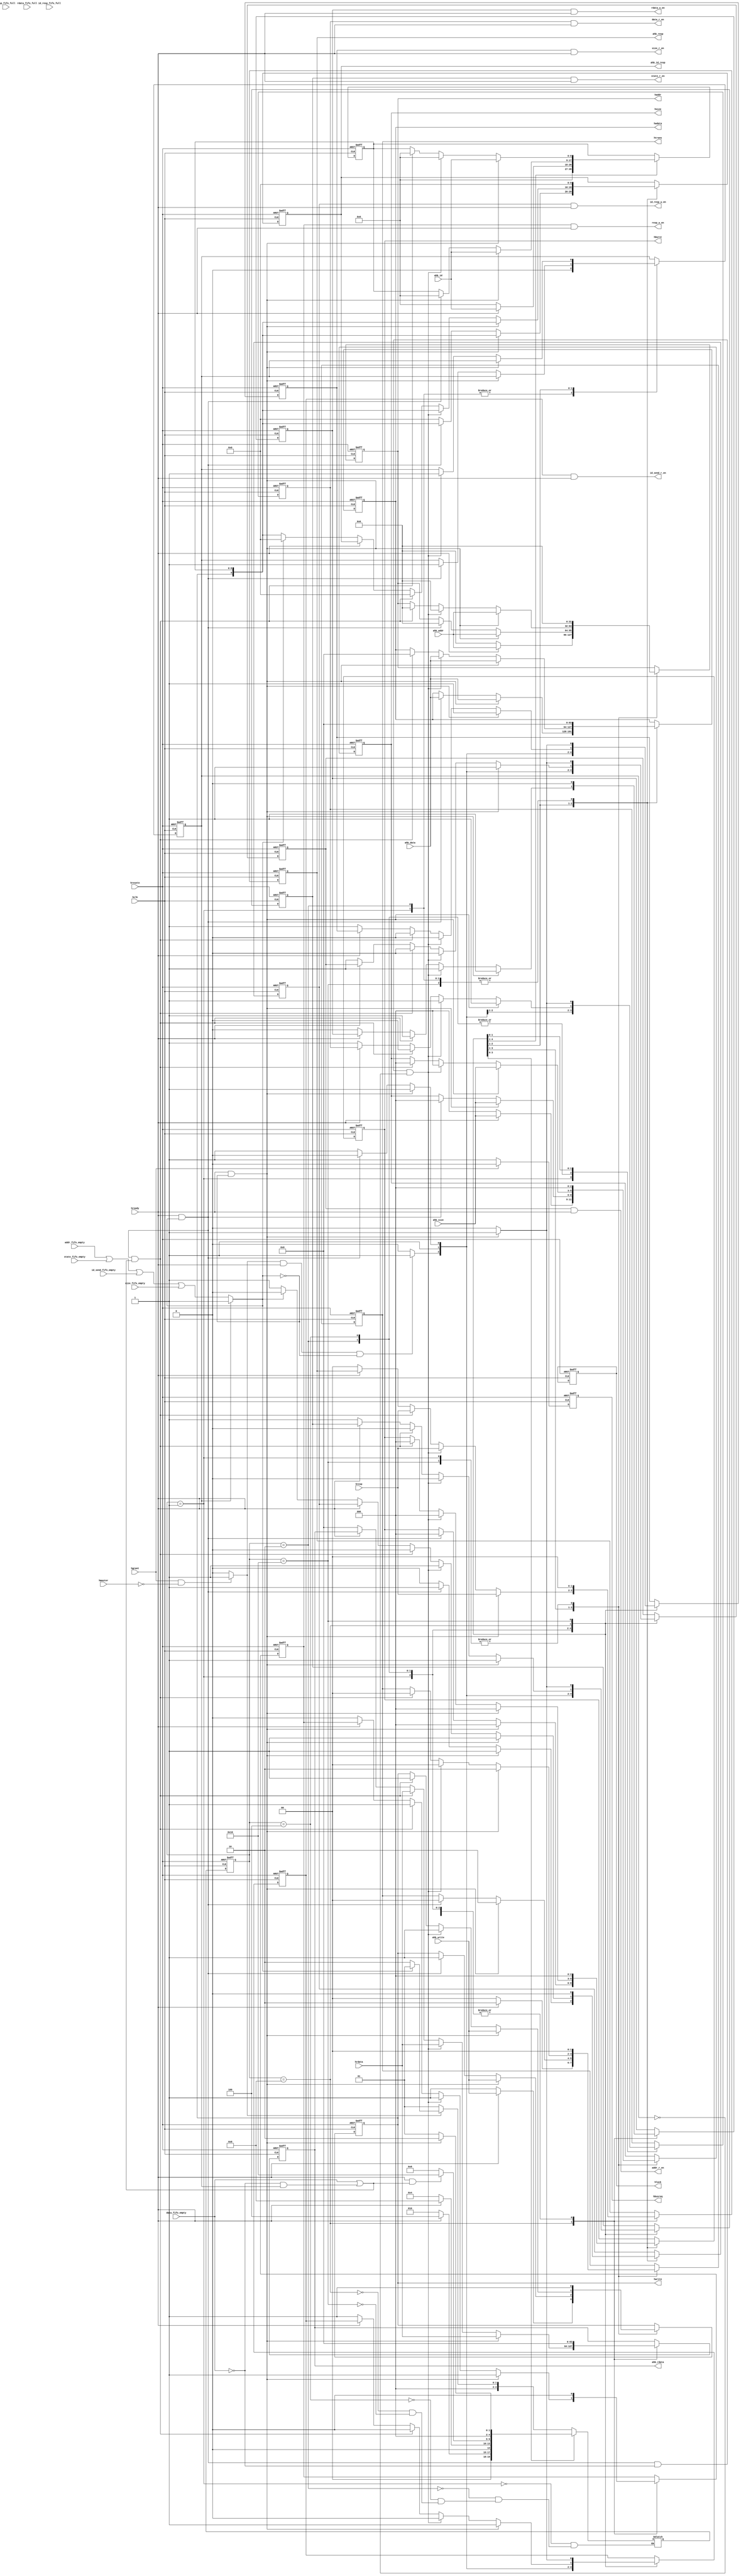
module ahb_controller(
	input					hclk,
	input					hresetn,
	//ahb output
	output reg	[31:0]		haddr,
	output reg	[1:0]		htrans,
	output reg				hwrite,
	output reg	[2:0]		hsize,
	output reg	[2:0]		hburst,
	output reg 	[63:0]		hwdata,
	output reg 				hbusreq,
	output reg				hlock,
	//ahb input
	input		[63:0]		hrdata,
	input					hready,
	input		[1:0]		hresp,
	input					hgrant,
	input		[3:0]		hmaster,
	//addr_fifo in
	output 					addr_r_en,
	input		[31:0]		ahb_addr,
	input					addr_fifo_empty,
	//data_fifo in
	output 					data_r_en,
	input		[63:0]		ahb_data,
	input					data_fifo_empty,
	// write or read state fifo (1 write   0 read) in
	output 					state_r_en,
	input					ahb_write,
	input					state_fifo_empty,
	//id_send_fifo in
	output 					id_send_r_en,
	input		[8:0]		ahb_id,
	input					id_send_fifo_empty,
	//size_fifo in
	output 					size_r_en,
	input		[2:0]		ahb_size,
	input					size_fifo_empty,
	//rdata_fifo out
	output 					rdata_w_en,
	output reg	[63:0]		ahb_rdata,
	input					rdata_fifo_full,
	//resp_fifo out
	output 					resp_w_en,
	output reg	[1:0]		ahb_resp,
	input					resp_fifo_full,
	//id_resp out
	output 					id_resp_w_en,
	output reg	[9:0]		ahb_id_resp,
	input					id_resp_fifo_full
);

	parameter  
				IDLE 		= 5'b00001,
				START		= 5'b00010,
				ADDR_PHASE	= 5'b00100,	
				DATA_PHASE	= 5'b01000,	
				END_PHASE	= 5'b10000;

	reg						read_lock;

	wire					ahb_access;
	assign ahb_access = (hgrant == 1'b1 && hmaster == 4'b0)?1'b1:1'b0;

	wire					fifo_r_control_access,fifo_r_data_access,fifo_w_access;
	assign fifo_r_control_access = (read_lock == 1'b1)?1'b1:(addr_fifo_empty|state_fifo_empty|id_send_fifo_empty|size_fifo_empty);
	assign fifo_r_data_access = data_fifo_empty;
	assign fifo_w_access = rdata_fifo_full|resp_fifo_full|id_resp_fifo_full;

	reg			[4:0]		cstate,nstate;
	reg			[8:0]		id_reg;

	//addr_fifo in
	reg						addr_r_en_reg;
	assign addr_r_en = addr_r_en_reg&hready;
	//data_fifo in
	reg						data_r_en_reg;
	assign data_r_en = data_r_en_reg&hready;
	// write or read state fifo (1 write   0 read) in
	reg						state_r_en_reg;
	assign state_r_en = state_r_en_reg&hready;
	//id_send_fifo in
	reg						id_send_r_en_reg;
	assign id_send_r_en = id_send_r_en_reg&hready;
	//size_fifo in
	reg						size_r_en_reg;
	assign size_r_en = size_r_en_reg&hready;
	//rdata_fifo out
	reg						rdata_w_en_reg;
	assign rdata_w_en = rdata_w_en_reg&hready;
	//resp_fifo out
	reg						resp_w_en_reg;
	assign resp_w_en = resp_w_en_reg&hready;
	//id_resp out
	reg						id_resp_w_en_reg;
	assign id_resp_w_en = id_resp_w_en_reg&hready;


	always@(posedge hclk or negedge hresetn)
		if(!hresetn)begin
			hbusreq <= 1'b0;
			hlock <= 1'b0;
		end
		else if(hgrant == 1'b0)
			hbusreq <= 1'b1;
		else
			hbusreq <= 1'b0;

	always@(posedge hclk or negedge hresetn)
		if(!hresetn)
			cstate <= IDLE;
		else
			cstate <= nstate;

	always@(*)
		case(cstate)
			IDLE:begin
				if(ahb_access == 1'b0)
					nstate = IDLE;
				else if(fifo_r_control_access == 1'b0)
					nstate = START;
				else
					nstate = IDLE;
			end
			START:begin
				if(hready == 1'b0)
					nstate = START;
				else
					nstate = ADDR_PHASE;
			end
			ADDR_PHASE:begin
				if(hready == 1'b1)
					nstate = DATA_PHASE;
				else
					nstate = ADDR_PHASE;
			end
			DATA_PHASE:begin
				if(hready == 1'b1 && (fifo_r_data_access == 1'b1 || (fifo_r_data_access == 1'b0 && read_lock == 1'b1)))
					nstate = END_PHASE;
				else
					nstate = DATA_PHASE;
			end
			END_PHASE:begin
				if(hready == 1'b1 && fifo_r_control_access == 1'b0)
					nstate = START;
				else
					nstate = IDLE;
			end
		endcase

	always@(posedge hclk or negedge hresetn)
		if(!hresetn)begin
			//ahb output
			haddr <= 32'b0;
			htrans <= 2'b0;
			hwrite <= 1'b1;
			hsize <= 3'b0;
			hburst <= 3'b0;
			hwdata <= 64'b0;
			id_reg <= 9'b0;
			//addr_fifo in
			addr_r_en_reg <= 1'b0;
			//data_fifo in
			data_r_en_reg <= 1'b0;
			// write or read state fifo (1 write   0 read) in
			state_r_en_reg <= 1'b0;
			//id_send_fifo in
			id_send_r_en_reg <= 1'b0;
			//size_fifo in
			size_r_en_reg <= 1'b0;
			//rdata_fifo out
			rdata_w_en_reg <= 1'b0;
			ahb_rdata <= 64'b0;
			//resp_fifo out
			resp_w_en_reg <= 1'b0;
			ahb_resp <= 2'b0;
			//id_resp out
			id_resp_w_en_reg <= 1'b0;
			ahb_id_resp <= 10'b0;
			read_lock <= 1'b0;
		end
		else
			case(cstate)
				IDLE:begin
					if(ahb_access == 1'b1 && hready == 1'b1 && fifo_r_control_access == 1'b0)begin
						haddr <= 32'b0;
						htrans <= 2'b0;
						hwrite <= 1'b1;
						hsize <= 3'b0;
						hburst <= 3'b0;
						hwdata <= 64'b0;
						id_reg <= 9'b0;

						addr_r_en_reg <= 1'b1;
						data_r_en_reg <= 1'b1;
						state_r_en_reg <= 1'b1;
						id_send_r_en_reg <= 1'b1;
						size_r_en_reg <= 1'b1;

						rdata_w_en_reg <= 1'b0;
						ahb_rdata <= 64'b0;
						resp_w_en_reg <= 1'b0;
						ahb_resp <= 2'b0;
						id_resp_w_en_reg <= 1'b0;
						ahb_id_resp <= 10'b0;
						read_lock <= 1'b0;
					end
					else begin
						haddr <= 32'b0;
						htrans <= 2'b0;
						hwrite <= 1'b1;
						hsize <= 3'b0;
						hburst <= 3'b0;
						hwdata <= 64'b0;
						id_reg <= 9'b0;

						addr_r_en_reg <= 1'b0;
						data_r_en_reg <= 1'b0;
						state_r_en_reg <= 1'b0;
						id_send_r_en_reg <= 1'b0;
						size_r_en_reg <= 1'b0;

						rdata_w_en_reg <= 1'b0;
						ahb_rdata <= 64'b0;
						resp_w_en_reg <= 1'b0;
						ahb_resp <= 2'b0;
						id_resp_w_en_reg <= 1'b0;
						ahb_id_resp <= 10'b0;
						read_lock <= 1'b0;
					end
				end
				START:begin
					if(hready == 1'b1)begin
						haddr <= ahb_addr;
						htrans <= 2'd2;
						hwrite <= ahb_write;
						hsize <= ahb_size;
						hburst <= 3'b0;
						hwdata <= 64'b0;
						id_reg <= ahb_id;

						addr_r_en_reg <= 1'b1;
						data_r_en_reg <= 1'b1;
						state_r_en_reg <= 1'b1;
						id_send_r_en_reg <= 1'b1;
						size_r_en_reg <= 1'b1;

						rdata_w_en_reg <= 1'b0;
						ahb_rdata <= 64'b0;
						resp_w_en_reg <= 1'b0;
						ahb_resp <= 2'b0;
						id_resp_w_en_reg <= 1'b0;
						ahb_id_resp <= 10'b0;
						read_lock <= 1'b0;
					end
					else begin
						haddr <= 32'b0;
						htrans <= 2'b0;
						hwrite <= 1'b1;
						hsize <= 3'b0;
						hburst <= 3'b0;
						hwdata <= 64'b0;
						id_reg <= 9'b0;

						addr_r_en_reg <= 1'b1;
						data_r_en_reg <= 1'b1;
						state_r_en_reg <= 1'b1;
						id_send_r_en_reg <= 1'b1;
						size_r_en_reg <= 1'b1;

						rdata_w_en_reg <= 1'b0;
						ahb_rdata <= 64'b0;
						resp_w_en_reg <= 1'b0;
						ahb_resp <= 2'b0;
						id_resp_w_en_reg <= 1'b0;
						ahb_id_resp <= 10'b0;
						read_lock <= 1'b0;
					end
				end
				ADDR_PHASE:begin
					if(hready == 1'b1 && fifo_r_control_access == 1'b0)begin
						haddr <= ahb_addr;
						htrans <= 2'd2;
						hwrite <= ahb_write;
						hsize <= ahb_size;
						hburst <= 3'b0;
						hwdata <= ahb_data;
						id_reg <= ahb_id;

						addr_r_en_reg <= 1'b1;
						data_r_en_reg <= 1'b1;
						state_r_en_reg <= 1'b1;
						id_send_r_en_reg <= 1'b1;
						size_r_en_reg <= 1'b1;

						rdata_w_en_reg <= 1'b0;
						ahb_rdata <= 64'b0;
						resp_w_en_reg <= 1'b0;
						ahb_resp <= 2'b0;
						id_resp_w_en_reg <= 1'b1;
						ahb_id_resp <= {hwrite,id_reg};
					end
					else if(hready == 1'b1 && fifo_r_control_access == 1'b1)begin
						haddr <= 32'b0;
						htrans <= 2'b0;
						hwrite <= 1'b1;
						hsize <= 3'b0;
						hburst <= 3'b0;
						hwdata <= ahb_data;
						id_reg <= 9'b0;

						addr_r_en_reg <= 1'b0;
						data_r_en_reg <= 1'b1;
						state_r_en_reg <= 1'b0;
						id_send_r_en_reg <= 1'b0;
						size_r_en_reg <= 1'b0;

						rdata_w_en_reg <= 1'b0;
						ahb_rdata <= 64'b0;
						resp_w_en_reg <= 1'b0;
						ahb_resp <= 2'b0;
						id_resp_w_en_reg <= 1'b1;
						ahb_id_resp <= {hwrite,id_reg};
						read_lock <= 1'b1;
					end
					else begin
						haddr <= haddr;
						htrans <= htrans;
						hwrite <= hwrite;
						hsize <= hsize;
						hburst <= hburst;
						hwdata <= hwdata;
						id_reg <= id_reg;

						addr_r_en_reg <= 1'b1;
						data_r_en_reg <= 1'b1;
						state_r_en_reg <= 1'b1;
						id_send_r_en_reg <= 1'b1;
						size_r_en_reg <= 1'b1;

						rdata_w_en_reg <= 1'b0;
						ahb_rdata <= 64'b0;
						resp_w_en_reg <= 1'b0;
						ahb_resp <= 2'b0;
						id_resp_w_en_reg <= 1'b0;
						ahb_id_resp <= 10'b0;
					end
				end	
				DATA_PHASE:begin
					if(hready == 1'b1 && fifo_r_control_access == 1'b0)begin
						haddr <= ahb_addr;
						htrans <= 2'd2;
						hwrite <= ahb_write;
						hsize <= ahb_size;
						hburst <= 3'b0;
						hwdata <= ahb_data;
						id_reg <= ahb_id;

						addr_r_en_reg <= 1'b1;
						data_r_en_reg <= 1'b1;
						state_r_en_reg <= 1'b1;
						id_send_r_en_reg <= 1'b1;
						size_r_en_reg <= 1'b1;

						rdata_w_en_reg <= 1'b1;
						ahb_rdata <= hrdata;
						resp_w_en_reg <= 1'b1;
						ahb_resp <= hresp;
						id_resp_w_en_reg <= 1'b1;
						ahb_id_resp <= {hwrite,id_reg};
					end
					else if(hready == 1'b1 && fifo_r_control_access == 1'b1 && fifo_r_data_access == 1'b0 && read_lock == 1'b0)begin
						haddr <= 32'b0;
						htrans <= 2'b0;
						hwrite <= 1'b1;
						hsize <= 3'b0;
						hburst <= 3'b0;
						hwdata <= ahb_data;
						id_reg <= 9'b0;
						read_lock <= 1'b1;

						addr_r_en_reg <= 1'b0;
						data_r_en_reg <= 1'b1;
						state_r_en_reg <= 1'b0;
						id_send_r_en_reg <= 1'b0;
						size_r_en_reg <= 1'b0;

						rdata_w_en_reg <= 1'b1;
						ahb_rdata <= hrdata;
						resp_w_en_reg <= 1'b1;
						ahb_resp <= hresp;
						id_resp_w_en_reg <= 1'b1;
						ahb_id_resp <= {hwrite,id_reg};
					end
					else if(hready == 1'b1 && fifo_r_control_access == 1'b1 && (fifo_r_data_access == 1'b1 || (fifo_r_data_access == 1'b0 && read_lock == 1'b1)))begin
						haddr <= 32'b0;
						htrans <= 2'b0;
						hwrite <= 1'b1;
						hsize <= 3'b0;
						hburst <= 3'b0;
						hwdata <= 64'b0;
						id_reg <= 9'b0;

						addr_r_en_reg <= 1'b0;
						data_r_en_reg <= 1'b0;
						state_r_en_reg <= 1'b0;
						id_send_r_en_reg <= 1'b0;
						size_r_en_reg <= 1'b0;

						rdata_w_en_reg <= 1'b1;
						ahb_rdata <= hrdata;
						resp_w_en_reg <= 1'b1;
						ahb_resp <= hresp;
						id_resp_w_en_reg <= 1'b0;
						ahb_id_resp <= 10'b0;
					end
					else if(hready == 1'b0)begin
						haddr <= haddr;
						htrans <= htrans;
						hwrite <= hwrite;
						hsize <= hsize;
						hburst <= hburst;
						hwdata <= hwdata;
						id_reg <= id_reg;

						addr_r_en_reg <= 1'b1;
						data_r_en_reg <= 1'b1;
						state_r_en_reg <= 1'b1;
						id_send_r_en_reg <= 1'b1;
						size_r_en_reg <= 1'b1;
						
						if(fifo_r_control_access == 1'b0)begin
							rdata_w_en_reg <= 1'b0;
							ahb_rdata <= 64'b0;
							resp_w_en_reg <= 1'b0;
							ahb_resp <= 2'b0;
							id_resp_w_en_reg <= 1'b1;
							ahb_id_resp <= {hwrite,id_reg};
						end
						else begin
							rdata_w_en_reg <= 1'b0;
							ahb_rdata <= 64'b0;
							resp_w_en_reg <= 1'b0;
							ahb_resp <= 2'b0;
							id_resp_w_en_reg <= 1'b0;
							ahb_id_resp <= 10'b0;
						end
					end
				end
				END_PHASE:begin
					if(hready == 1'b1 && fifo_r_control_access == 1'b0)begin
						haddr <= 32'b0;
						htrans <= 2'b0;
						hwrite <= 1'b1;
						hsize <= 3'b0;
						hburst <= 3'b0;
						hwdata <= 64'b0;

						addr_r_en_reg <= 1'b1;
						data_r_en_reg <= 1'b1;
						state_r_en_reg <= 1'b1;
						id_send_r_en_reg <= 1'b1;
						size_r_en_reg <= 1'b1;

						rdata_w_en_reg <= 1'b0;
						ahb_rdata <= 64'b0;
						resp_w_en_reg <= 1'b0;
						ahb_resp <= 2'b0;
						id_resp_w_en_reg <= 1'b0;
						ahb_id_resp <= 10'b0;
					end	
					else begin
						haddr <= 32'b0;
						htrans <= 2'b0;
						hwrite <= 1'b1;
						hsize <= 3'b0;
						hburst <= 3'b0;
						hwdata <= 64'b0;

						addr_r_en_reg <= 1'b0;
						data_r_en_reg <= 1'b0;
						state_r_en_reg <= 1'b0;
						id_send_r_en_reg <= 1'b0;
						size_r_en_reg <= 1'b0;

						rdata_w_en_reg <= 1'b0;
						ahb_rdata <= 64'b0;
						resp_w_en_reg <= 1'b0;
						ahb_resp <= 2'b0;
						id_resp_w_en_reg <= 1'b0;
						ahb_id_resp <= 10'b0;
					end 
				end
			endcase
endmodule